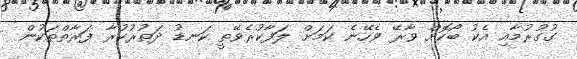
ގުގުރުމާއި އެކު ބޯކޮށް ވާރޭ ވެހޭނެ ކަމަށް ލަފާކުރެވޭތީ ކަނޑު ދަތުރުކުރާ ފަރާތްތަކުން